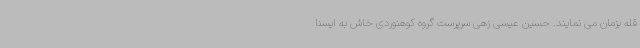
قله بزمان می نمایند. حسین عیسی زهی سرپرست گروه کوهنوردی خاش به ایسنا